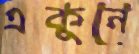
একুনে